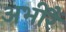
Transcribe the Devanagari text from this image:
अभीरैं